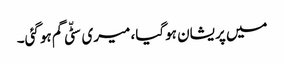
میں پریشان ہوگیا، میری سٹّی گم ہوگئی۔